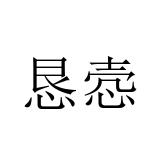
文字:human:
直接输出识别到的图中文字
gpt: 恳悫